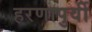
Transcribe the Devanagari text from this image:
हरणापुर्वी